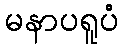
မနာပရူပံ